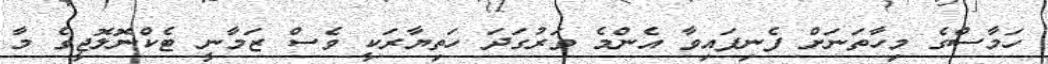
ހަމާސްގެ މިހާތަނަށް ފެނިފައިވާ އެންމެ ވަރުގަދަ ހަތިޔާރަކީ ވެސް ޒަމާނީ ޓެކްނޮލޮޖީގެ މާ